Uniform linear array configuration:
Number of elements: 8
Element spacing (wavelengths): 0.75
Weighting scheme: uniform
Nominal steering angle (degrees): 15
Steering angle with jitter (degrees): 15.132
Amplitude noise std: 0.05
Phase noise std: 0.05

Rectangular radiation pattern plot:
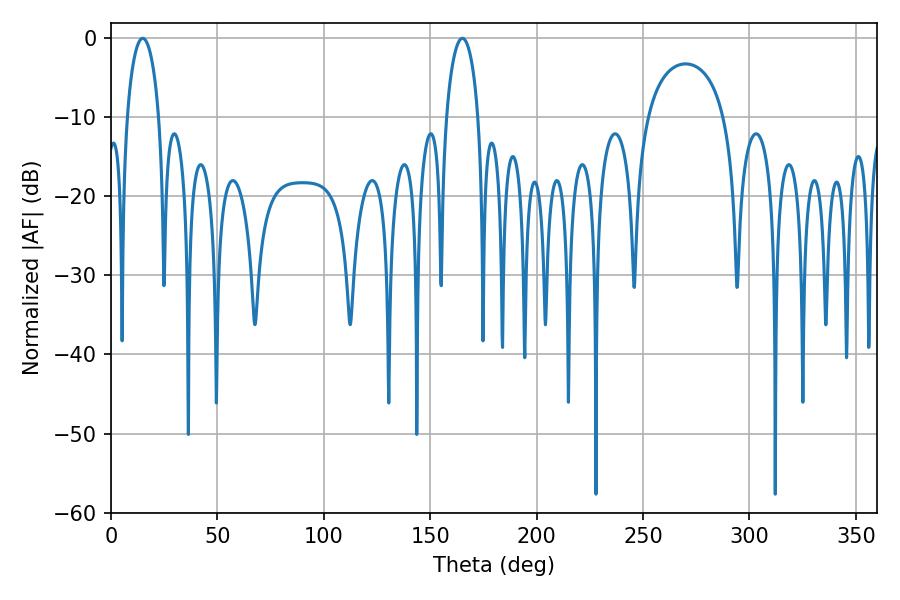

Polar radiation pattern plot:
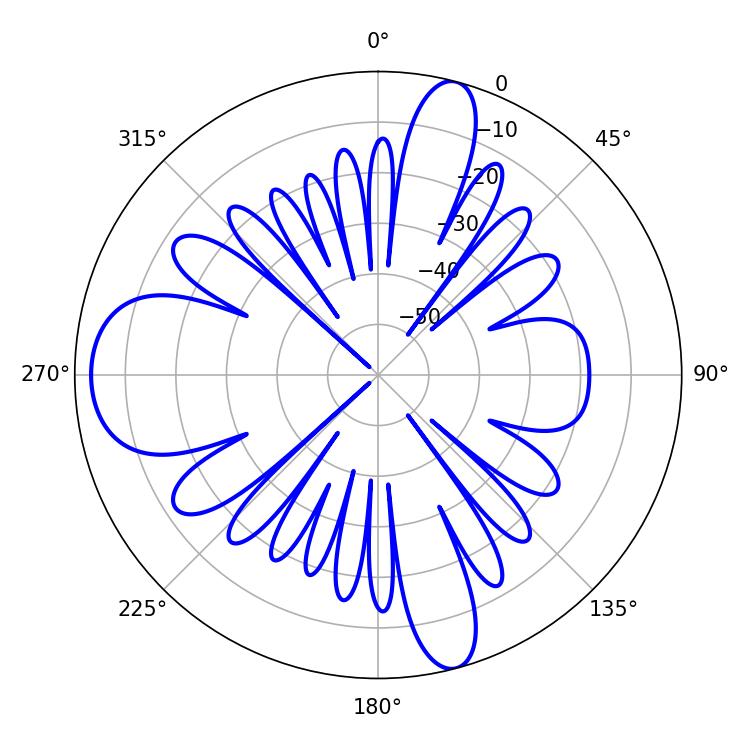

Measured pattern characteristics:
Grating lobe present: TRUE
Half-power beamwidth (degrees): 8.64
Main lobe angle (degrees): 14.94